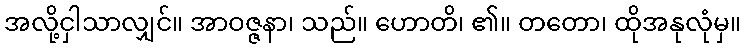
အလို့ငှါသာလျှင်။ အာဝဇ္ဇနာ၊ သည်။ ဟောတိ၊ ၏။ တတော၊ ထိုအနုလုံမှ။